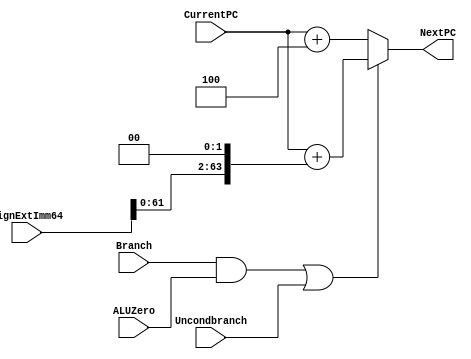
module NextPClogic(NextPC, CurrentPC, SignExtImm64, Branch, ALUZero, Uncondbranch); 
   input [63:0] CurrentPC, SignExtImm64; 
   input  Branch, ALUZero, Uncondbranch; 
   output [63:0] NextPC; 
   
   wire [63:0] lsl2;

   wire doesBranch;
   wire conditional;
   
   assign conditional = Branch && ALUZero;
   assign doesBranch = conditional || Uncondbranch;
   assign lsl2 = SignExtImm64 << 2;
   
   assign NextPC = 
      (doesBranch == 1'b0) ? {CurrentPC + 3'b100}:
      (doesBranch == 1'b1) ? {CurrentPC + lsl2}:
      0;


endmodule